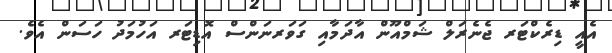
އެއީ ޑިރެކްޓަރ ޖެނެރަލް ޝަމްއޫން އާދަމާއި ގަވަރނަންސް އޮޑިޓަރ އަހުމަދު ހަސަން އެވެ.